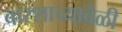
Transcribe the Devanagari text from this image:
बारशाच्यावेळी